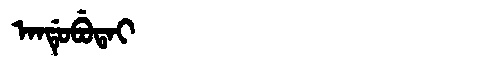
Manchu: ᠠᠨᡩᡠᠪᡠᡨᠠᡳ
Romanization: ANDUBUTAI